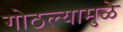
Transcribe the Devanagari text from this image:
गोठल्यामुळे